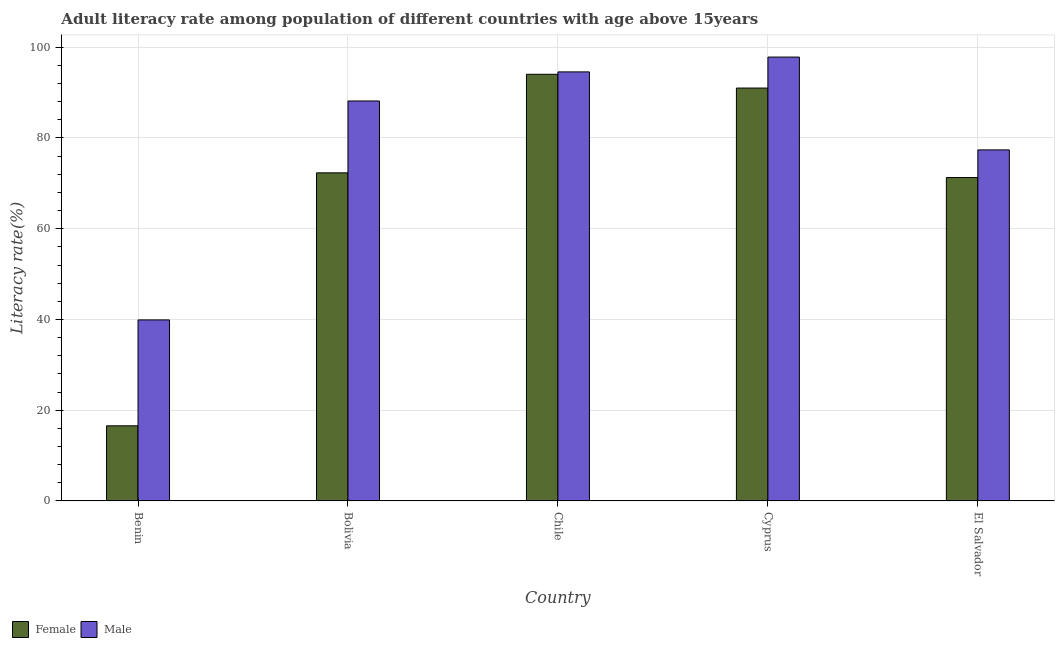
| Country | Female | Male |
 | --- | --- | --- |
 | Benin | 16.6 | 39.9 |
 | Bolivia | 72.3 | 88.2 |
 | Chile | 94 | 94.6 |
 | Cyprus | 91 | 97.8 |
 | El Salvador | 71.3 | 77.4 |